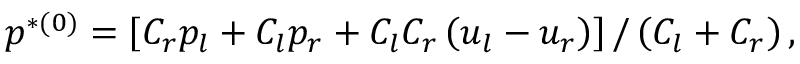
p ^ { * ( 0 ) } = \left[ C _ { r } p _ { l } + C _ { l } p _ { r } + C _ { l } C _ { r } \left( u _ { l } - u _ { r } \right) \right] / \left( C _ { l } + C _ { r } \right) ,